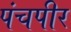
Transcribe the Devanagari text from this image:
पंचपीर